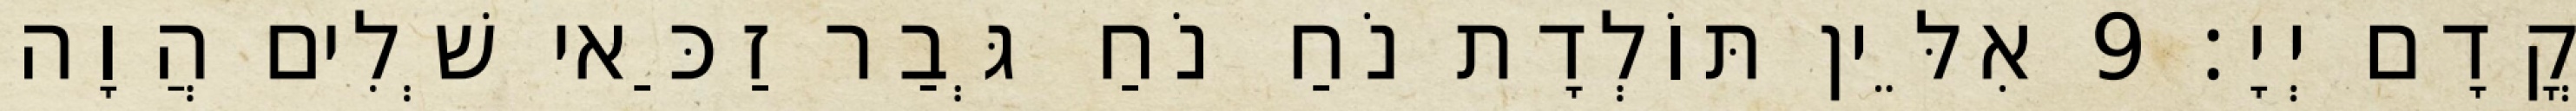
קֳדָם יְיָ׃ 9 אִלֵּין תּוֹלְדָת נֹחַ נֹחַ גְּבַר זַכַּאי שְׁלִים הֲוָה